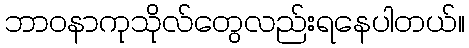
ဘာဝနာကုသိုလ်တွေလည်းရနေပါတယ်။